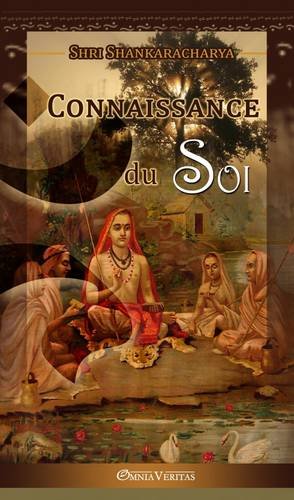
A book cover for Connaissance du Soi (French Edition); Shri Shankaracharya; Religion & Spirituality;